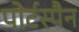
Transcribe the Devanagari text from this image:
पोर्टस्पैन